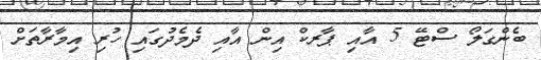
ބެންގަލޯ ސްޓޭ 5 އާއި ޕާރކް އިން އާއި ދެމެދުގައި ހުރި އިމާރާތަށް